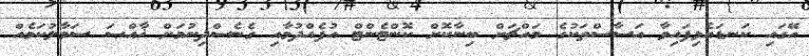
އޭގައި ކަނޑައެޅިފައިވާ އަސާސްތަކުގެ މައްޗަށް ބިނާކޮށް ކޮންޓެންޓް އުފެއްދުމާއި ގެނެސްދިނުމަށް ޚާއްޞަ ސަމާލުކަމެއް